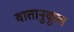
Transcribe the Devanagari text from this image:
वातानुकूल